Medical and sanitary report of the native army of Bengal for the year
Year: 1877
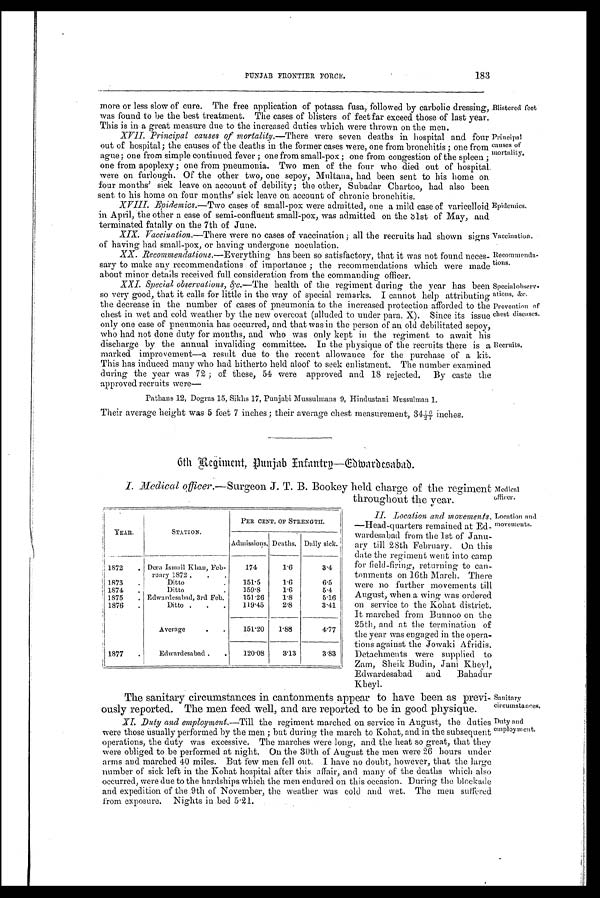
Blistered feet
Principal
causes of
mortality.
Epidemics.
Vaccination
Recommenda-
tions.
Special observ
ations, &c.
Prevention of
chest diseases.
Medical
officer.
Location and
movements.
Sanitary
circumstances.
Duty and
employment.
PUNJAB FRONTIER FORCE.
183
more or less slow of cure. The free application of potassa fusa, followed by carbolic dressing,
was found to be the best treatment. The cases of blisters of feet far exceed those of last year.
This is in a great measure due to the increased duties which were thrown on the men.
XVII. Principal causes of mortality.— There were seven deaths in hospital and four
out of hospital; the causes of the deaths in the former cases were, one from bronchitis ; one from
ague ; one from simple continued fever ; one from small-pox ; one from congestion of the spleen ;
one from apoplexy; one from pneumonia. Two men of the four who died out of hospital
were on furlough. Of the other two, one sepoy, Multana, had been sent to his home on
four months' sick leave on account of debility; the other, Subadar Chartoo, had also been
sent to his home on four months' sick leave on account of chronic bronchitis.
XVIII. Epidemics.— Two cases of small-pox were admitted, one a mild case of varicelloid
in April, the other a case of semi-confluent small-pox, was admitted on the 31 st of May, and
terminated fatally on the 7th of June.
XIX. Vaccination.—There were no cases of vaccination; all the recruits had shown signs
of having had small-pox, or having undergone noculation.
XX. Recommendations.— Everything has been so satisfactory, that it was not found neces-
sary to make any recommendations of importance ; the recommendations which were made
about minor details received full consideration from the commanding officer.
XX. Special observations, &c.— The health of the regiment during the year has been
so very good, that it calls for little in the way of special remarks. I cannot help attributing
the decrease in the number of cases of pneumonia to the increased protection afforded to the
chest in wet and cold weather by the new overcoat (alluded to under para. X). Since its issue
only one case of pneumonia has occurred, and that was in the person of an old debilitated sepoy,
who had not done duty for months, and who was only kept in the regiment to await his
discharge by the annual invaliding committee. In the physique of the recruits there is a
marked improvement—a result due to the recent allowance for the purchase of a kit.
This has induced many who had hitherto held aloof to seek enlistment. The number examined
during the year was 72 ; of these, 54 were approved and 18 rejected. By caste the
approved recruits were
—
Pathans 12, Dogras 15, Sikhs 17, Punjabi Mussulmans 9, Hindustani Mussulman 1.
Their average height was 5 feet 7 inches; their average chest measurement, 34½ 0/7 inches.
Recruits.
6th Regiment, Punjab Infantry—Edmardesabad.
— S u r g e o n J . T . B . B o o k e y h e l d c h a r g e o f t h e r e g i m e n t
throughout the year.
II. Location and movements.
—Head-quarters remained at Ed-
wardesabad from the 1st of Janu-
ary till 28th February. On this
date the regiment went into camp
for field-firing, returning to can-
tonments on 16th March. There
were no further movements till
August, when a wing was ordered
on service to the Kohat district.
It marched from Bunnoo on the
25th, and at the termination of
the year was engaged in the opera-
tions against the Jowaki Afridis.
Detachments were supplied to
Zam, Sheik Budin, Jani Kheyl,
Edwardesabad and Bahadur
Kheyl.
The sanitary circumstances in cantonments appear to have been as previ-
ously reported. The men feed well, and are reported to be in good physique.
XI. Duty and employment.—Till the regiment marched on service in August, the duties
were those usually performed by the men ; but during the march to Kohat, and in the subsequent
operations, the duty was excessive. The marches were long, and the heat so great, that they
were obliged to.be performed at night. On the 30th of August the men were 26 hours under
arms and marched 40 miles. But few men fell out. I have no doubt, however, that the large
number of sick left in the Kohat hospital after this affair, and many of the deaths which also
occurred, were due to the hardships which the men endured on this occasion. During the blockade
and expedition of the 9th of November, the weather was cold and wet. The men suffered
from exposure. Nights in bed 5.21.
YEAR.
STATION.
PER CENT. OF STRENGTH.
Admissions. Deaths. Daily sick.
1872
. Dora Ismail Khan, Feb-
174
1.6
3.4
ruary 1872 .
.
.
1873
.
Ditto
.
151.5
1.6
6.5
1874
.
Ditto
.
159.8
1.6
5.4
1875
. Edwardesabad, 3rd Feb.
151.26
1.8
5.16
1876
.
Ditto
.
.
119.45
2.8
3.41
Average
.
.
151.20
1.88
4.77
1877
.
Edwardesabad .
.
120.08
3.13
3.83